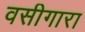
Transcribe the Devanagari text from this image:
वसीगारा